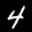
Label: 4